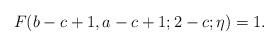
LaTeX: \begin{align*}F(b-c+1,a-c+1;2-c;\eta)=1.\end{align*}